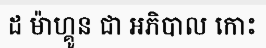
ដ ម៉ាហ្គូន ជា អភិបាល កោះ